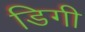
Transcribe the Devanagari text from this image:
डिगी